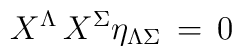
X^\Lambda  \,X^\Sigma\eta_{\Lambda\Sigma} \, = \, 0